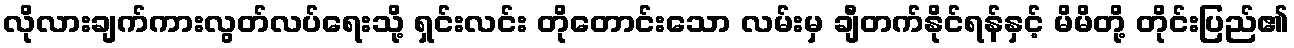
လိုလားချက်ကားလွတ်လပ်ရေးသို့ ရှင်းလင်း တိုတောင်းသော လမ်းမှ ချီတက်နိုင်ရန်နှင့် မိမိတို့ တိုင်းပြည်၏